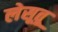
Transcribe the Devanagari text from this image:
लेसूतू